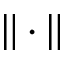
\Vert \cdot \Vert